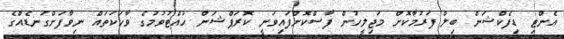
އެންޓި ޑިފެކްޝަން ބިލް ފަރުމާކޮށް މަޖިލީހުން ފާސްކޮށްފައިވަނީ ކޮރަޕްޝަން ހުއްޓުވުމުގެ ވާހަކަތައް ނިވާފަށްގަނޑެއްގެ